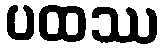
ပထဿ